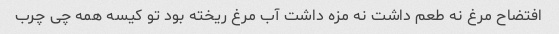
افتضاح مرغ نه طعم داشت نه مزه داشت آب مرغ ریخته بود تو کیسه همه چی چرب